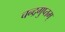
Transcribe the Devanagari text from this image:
चन्द्रगुप्तम्